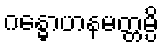
ဂန္ဓောဟနမတ္တမ္ပိ